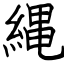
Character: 縄